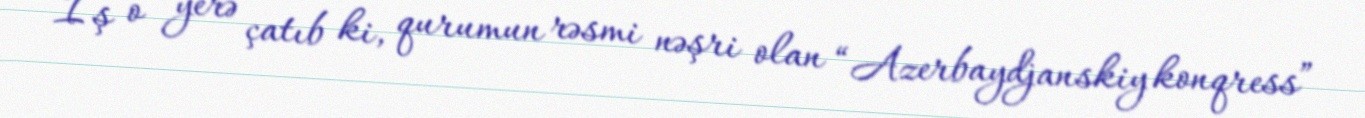
İş o yerə çatıb ki, qurumun rəsmi nəşri olan “Azerbaydjanskiy konqress”